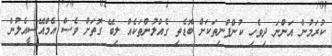
ކުރަމުން އަންނަ ދިވެހި ކުންފުނިތަކަށް ބޮޑެތި ގެއްލުންތަކެއް ލިބޭ ގޮތަށް ވެސް އެމްއޭސީއެލުން